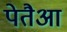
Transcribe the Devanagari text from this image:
पेतैआ